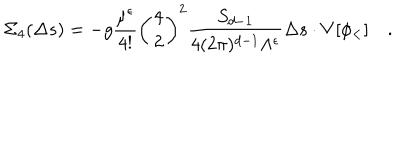
\Sigma _ { 4 } ( \Delta s ) = - { g } { \frac { \mu ^ { \epsilon } } { 4 ! } } \left( { 4 \atop 2 } \right) ^ { 2 } { \frac { S _ { d - 1 } } { 4 ( 2 \pi ) ^ { d - 1 } \Lambda ^ { \epsilon } } } \Delta s \cdot V [ \phi _ { < } ] \quad .